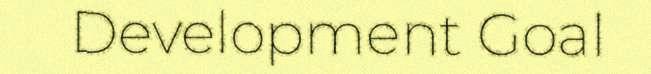
Development Goal